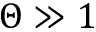
\Theta \gg 1